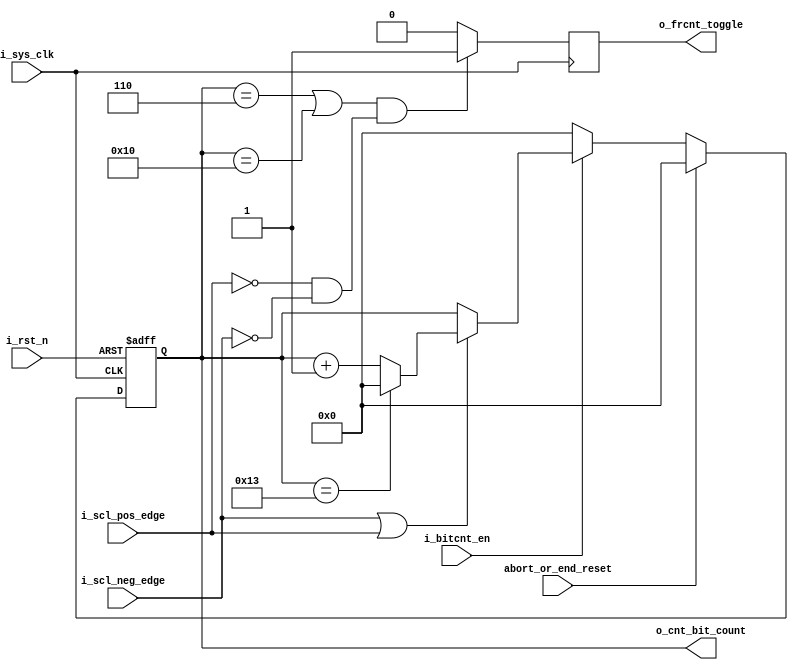
module bits_counter_target(
    input  wire       i_sys_clk              ,
    input  wire       i_rst_n                ,
    input  wire       i_bitcnt_en            ,  
    input  wire       i_scl_pos_edge         ,  
    input  wire       i_scl_neg_edge         ,
    input  wire       abort_or_end_reset     , 
    output reg        o_frcnt_toggle         ,
    output reg  [5:0] o_cnt_bit_count = 6'd0
    );

always @(posedge i_sys_clk or negedge i_rst_n) begin 
    if(~i_rst_n) begin
        o_cnt_bit_count <= 0 ;
    end
    else if (abort_or_end_reset)
      o_cnt_bit_count <= 6'd0 ; 
    else 
     begin
        if (i_bitcnt_en) begin 
            if (i_scl_neg_edge || i_scl_pos_edge) begin 
                if (o_cnt_bit_count == 6'd19) begin 
                    o_cnt_bit_count <= 6'd0 ;                     // from 0 to 19 it won't reach 20 
                end
                else begin 
                    o_cnt_bit_count <= o_cnt_bit_count + 1 ; 
                end  
            end 
        end 
        else begin 
            o_cnt_bit_count <= 6'd0 ;
        end 
    end
end

always @(negedge i_sys_clk) begin 
    if ((o_cnt_bit_count == 'd6 || o_cnt_bit_count == 'd16) && (!i_scl_pos_edge && !i_scl_neg_edge)) begin
        o_frcnt_toggle = 1'b1 ;
    end
    else begin 
        o_frcnt_toggle = 1'b0 ;
    end 
end

endmodule